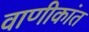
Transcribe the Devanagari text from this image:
वाणीकांत